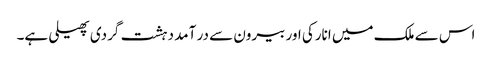
اس سے ملک میں انارکی اور بیرون سے در آمد دہشت گردی پھیلی ہے۔